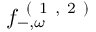
f _ { - , \omega } ^ { \mathrm { ~ ( ~ 1 ~ , ~ 2 ~ ) ~ } }